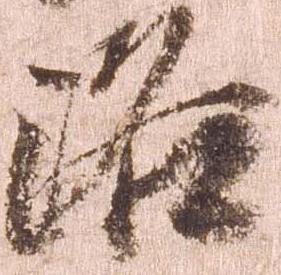
洛